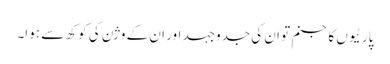
پارٹیوں کا جنم تو ان کی جدوجہد اور ان کے وژن کی کوکھ سے ہوا۔